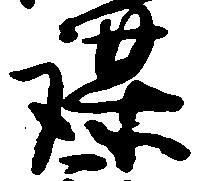
謀